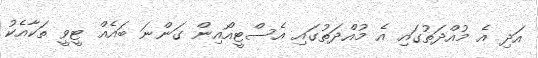
އަދި އެ މުއްދަތުގައި އެ މުއްދަތުގައި އެސްޓީއޯއިން ގަންނަ ބައެއް ޓީވީ ތަކާއެކު